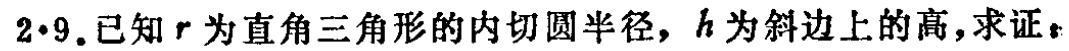
$2\cdot9.已知r为直角三角形的内切圆半径，h为斜边上的高，求证：$